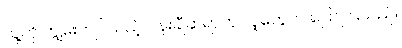
သူ့ကို ကျွမ်းကျင်သည့် ပန်းချီဆရာဟု လူတွေက ပြောကြသည်။